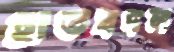
হাতবদল